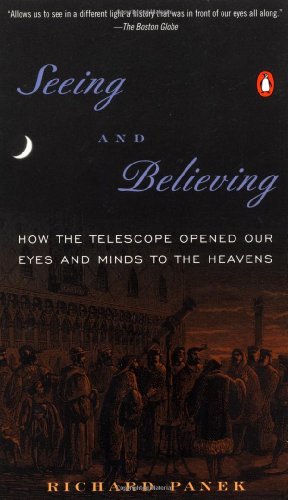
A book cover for Seeing and Believing: How the Telescope Opened Our Eyes and Minds to the Heavens; Richard Panek; Science & Math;